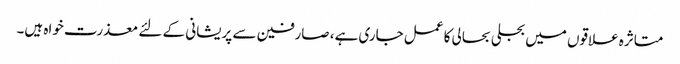
متاثرہ علاقوں میں بجلی بحالی کا عمل جاری ہے، صارفین سے پریشانی کے لئے معذرت خواہ ہیں۔